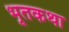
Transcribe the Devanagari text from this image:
भूतकथा